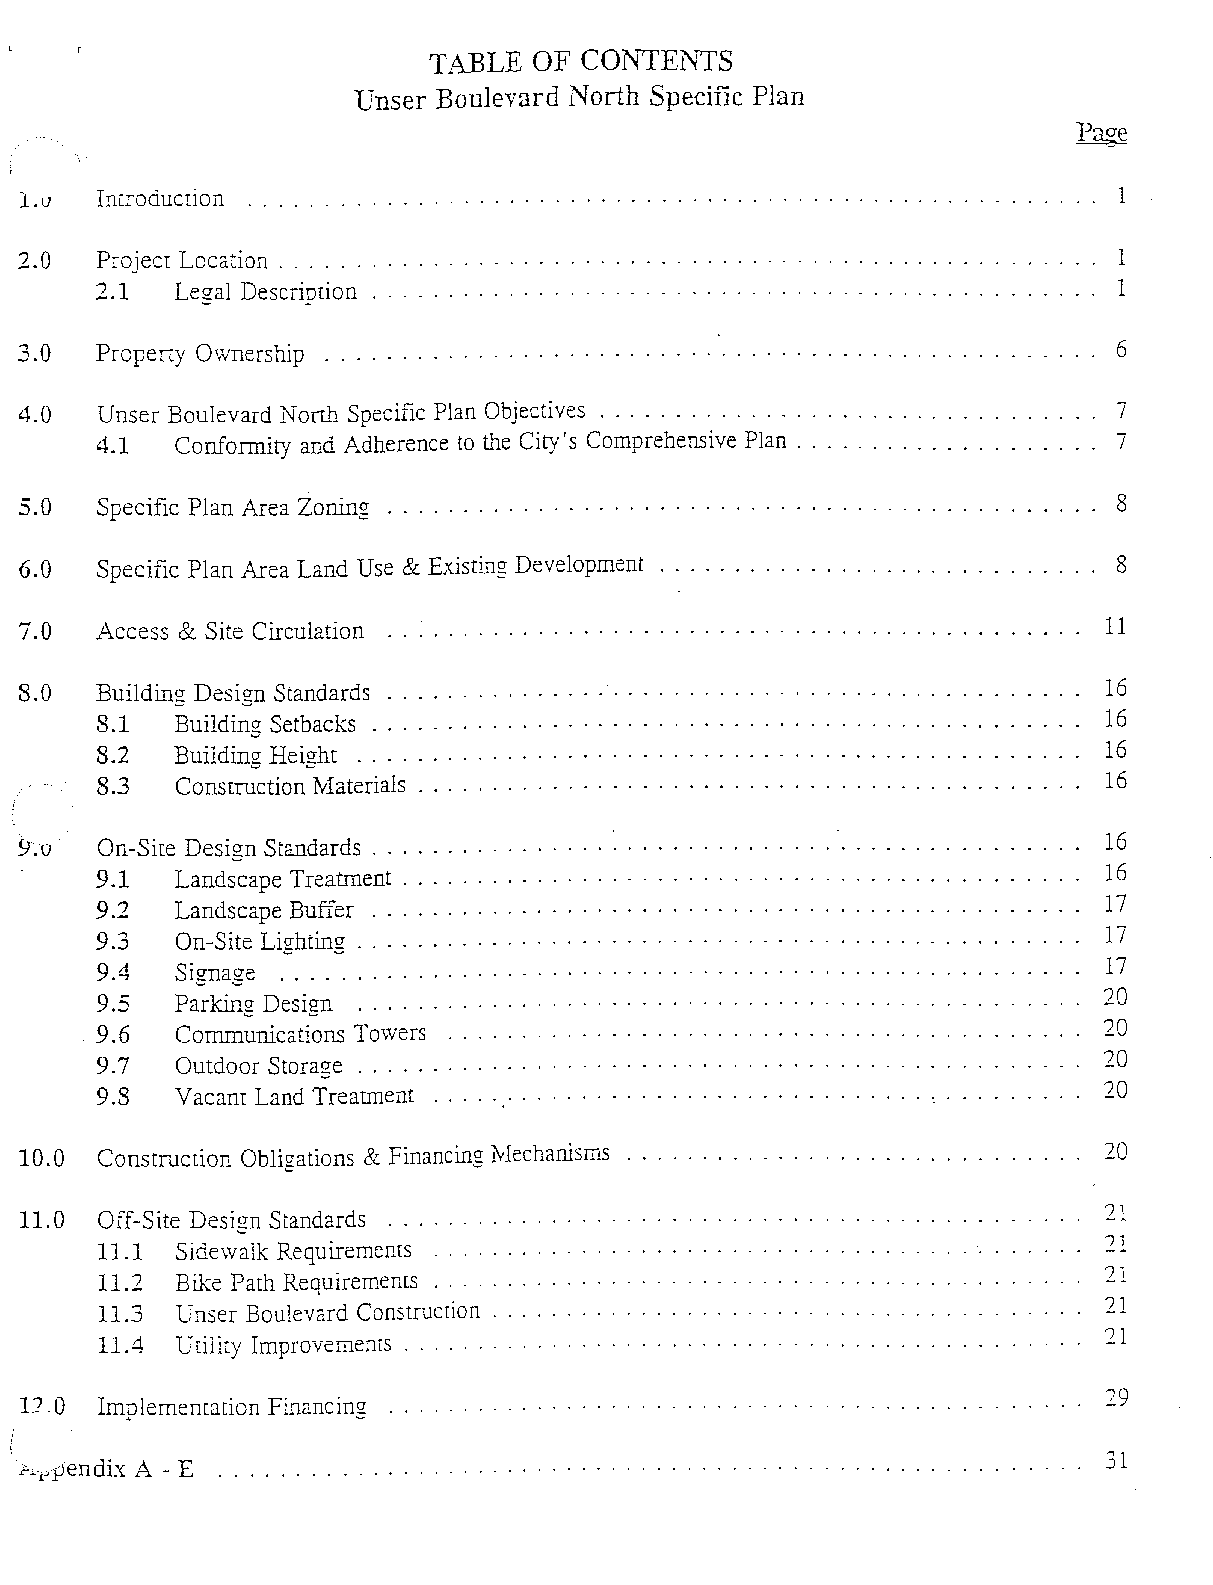
TABLE  OF  CONIEN1S
 Unser Boulevard North Specific Plan
 l.v  Introduction ...... . ...........................................   1
 2.0  Project Location .............................................. .   1
 2.1   Legal Description ...................................... .    1
 3.0  Property Ownership . ................................................................. 6
 4.0   Unser Boulevard Nonh Specific Plan Objectives .......................... . 7
 4.1  Conformity and Adherence to the City's Comprehensive Plan ............. . 7
 5.0  Specific Plan Area Zoning ................................................................. 8
 6.0  Specific Plan Area Land Use & Existing Development                  8
 7.0   Access & Site Circulation .................................................................. 11
 S.O  Building Design Standards . . . . . . . . . . . . . . . . . . . . . . . . . . . . . . . . . . . . . . . . . . . . .. 16
 8.1  Building Setbacks . . . . . . . . . . . . . . . . . . . . . . . . . . . . . . . . . . . . . . . . . 16
 8.2  Building Height ...........................................  16
 8.3  Construction 1'laterials . . . . . . . . . . . . . . . . . . . . . . . . . . . . . . . . . . . . . . . 16
 SI.v  On-Site Design Standards ............................... '. . . . . . . . . . . . . . .. 16
 9.1   Landscape Treatment. . . . . . . . . . . . . . . . . . . . . . . . . . . . . . . . . . . . . . . . . . . .. 16
 9.2   Landscape Buffer .,. . . . . . . . . . . . . . . . . . . . . . . . . . . . . . . . . . . . . 17
 9.3   On-Site Lighting. . . . . . . . . . . . . . . . . . . . . . . . . . . . . . . . . . . . . . . . . . 17
 9.4  Signage. . . . . . . . . . . . . . . . . . . . . . . . . . . . . . . . . . . . . . . . . . . . . . . 17
 9.5  Parking Design .......................................       20
 9.6   Communications Towers ..................................     20
 9.7  Outdoor Storage . . . . . . . . . . . . . . . . . . . . . . . . . . . . . . . . . . . . . . . 20
 9.8  Vacant Land Treatment .....................................  20
 10.0  Construction Obligations & Financing :Lvlechanisms .. . . . . . . . . . . . . . . . . . . . . . . . . . . .. 20
 21
 11.0  Off-Site Design Standards ............................ .
 21
 11.1 Sidewalk Requirements ........................ .
 21
 11.2 Bike Path Requirements ......................... .
 21
 11.3 Unser Boulevard Construction ..................... .
 21
 11.4 Utility Improvements ......................... .
 . ....... , 29
 Implementation Financing ...............................
 p·yendix A - E ....................................... .    . . . . . . . .. 31
 .c­....